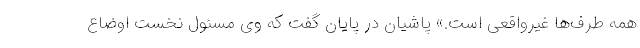
همه طرف‌ها غیرواقعی است.» پاشیان در پایان گفت که وی مسئول نخست اوضاع